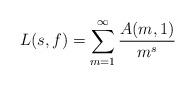
LaTeX: \begin{align*}L(s, f) = \sum_{m = 1}^\infty \frac{A(m, 1)}{m^s}\end{align*}